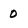
Character: 0